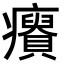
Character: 𤼊